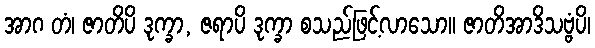
အာဂ တံ၊ ဇာတိပိ ဒုက္ခာ, ဇရာပိ ဒုက္ခာ စသည်ဖြင့်လာသော။ ဇာတိအာဒိသဗ္ဗံပိ၊